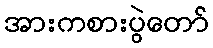
အားကစားပွဲတော်